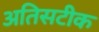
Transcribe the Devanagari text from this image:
अतिसटीक